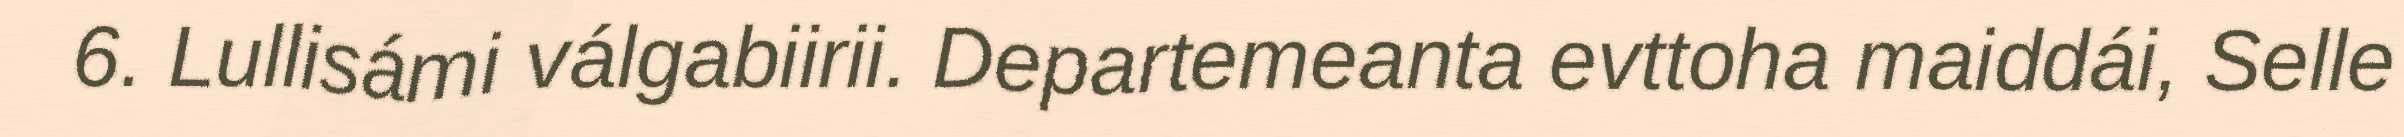
6. Lullisámi válgabiirii. Departemeanta evttoha maiddái, Selle